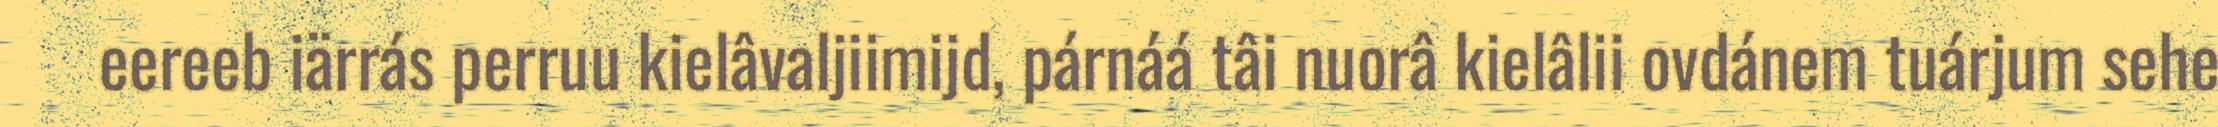
eereeb iärrás perruu kielâvaljiimijd, párnáá tâi nuorâ kielâlii ovdánem tuárjum sehe